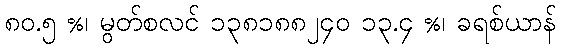
၈၀.၅ %၊ မွတ်စလင် ၁၃၈၁၈၈၂၄၀ ၁၃.၄ %၊ ခရစ်ယာန်